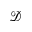
\mathcal { D }